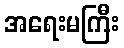
အရေးမကြီး